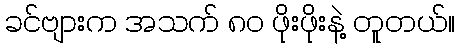
ခင်ဗျားက အသက် ၈၀ ဖိုးဖိုးနဲ့ တူတယ်။